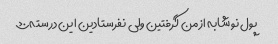
پول نوشابه از من گرفتین ولی نفرستادین این درسته؟؟؟